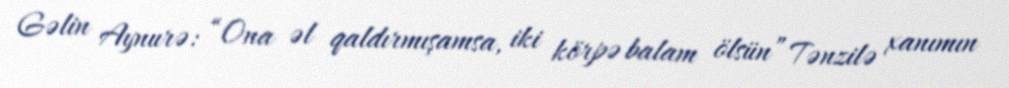
Gəlin Aynurə: “Ona əl qaldırmışamsa, iki körpə balam ölsün” Tənzilə xanımın